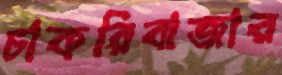
চাকরিবাজার